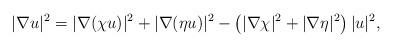
LaTeX: \begin{align*}|\nabla u|^2 = |\nabla(\chi u)|^2 + |\nabla(\eta u)|^2 - \left( |\nabla\chi|^2 + |\nabla\eta|^2 \right) |u|^2,\end{align*}